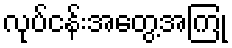
လုပ်ငန်းအတွေ့အကြုံ